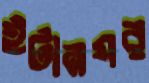
ইটানগর